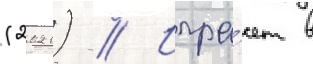
(2021) // Игра́ет в